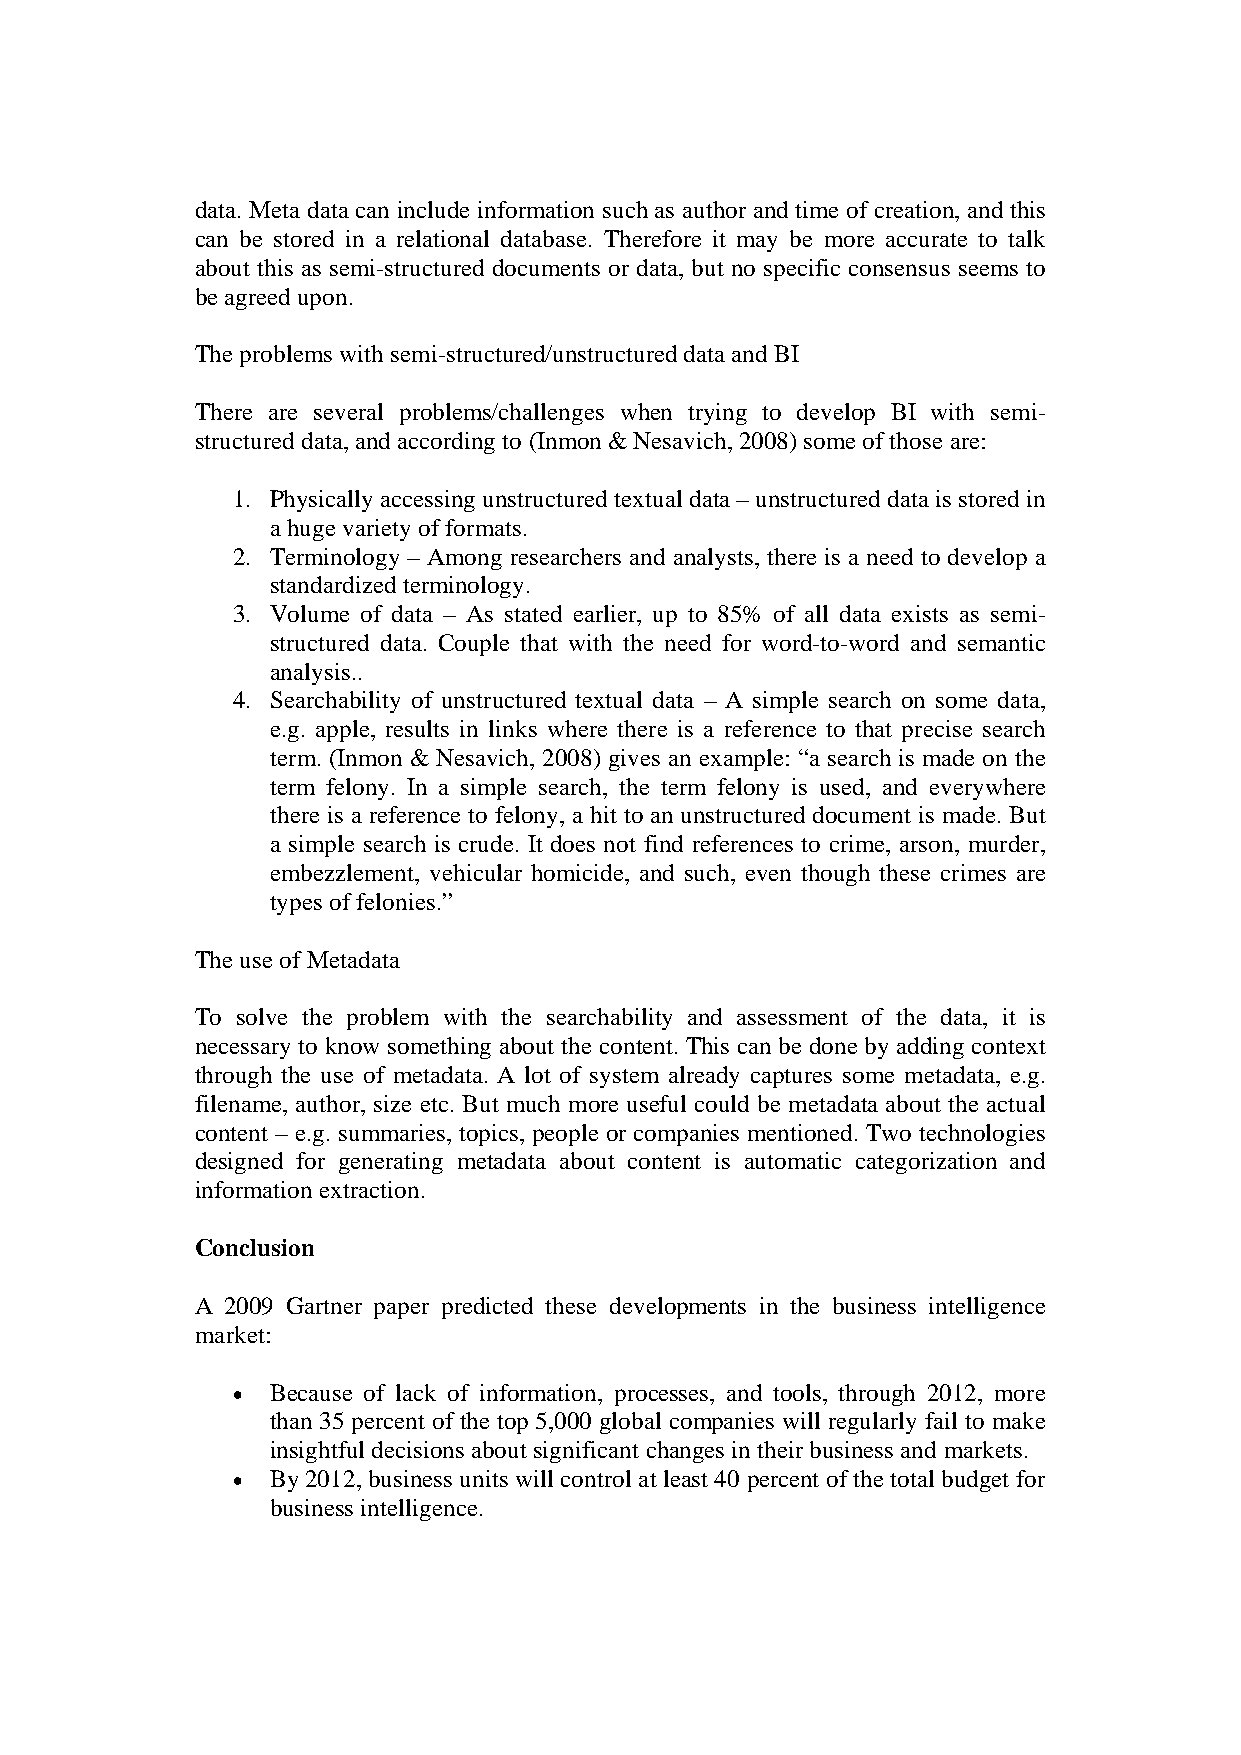
data. Meta data can include information such as author and time of creation, and this
 can be stored in a relational database. Therefore it may be more accurate to talk
 about this as semi-structured documents or data, but no specific consensus seems to
 be agreed upon.
 The problems with semi-structured/unstructured data and BI
 There are several problems/challenges when trying to develop BI with semi-
 structured data, and according to (Inmon & Nesavich, 2008) some of those are:
 1. Physically accessing unstructured textual data – unstructured data is stored in
 a huge variety of formats.
 2. Terminology – Among researchers and analysts, there is a need to develop a
 standardized terminology.
 3. Volume of data – As stated earlier, up to 85% of all data exists as semi-
 structured data. Couple that with the need for word-to-word and semantic
 analysis..
 4. Searchability of unstructured textual data – A simple search on some data,
 e.g. apple, results in links where there is a reference to that precise search
 term. (Inmon & Nesavich, 2008) gives an example: “a search is made on the
 term felony. In a simple search, the term felony is used, and everywhere
 there is a reference to felony, a hit to an unstructured document is made. But
 a simple search is crude. It does not find references to crime, arson, murder,
 embezzlement, vehicular homicide, and such, even though these crimes are
 types of felonies.”
 The use of Metadata
 To solve the problem with the searchability and assessment of the data, it is
 necessary to know something about the content. This can be done by adding context
 through the use of metadata. A lot of system already captures some metadata, e.g.
 filename, author, size etc. But much more useful could be metadata about the actual
 content – e.g. summaries, topics, people or companies mentioned. Two technologies
 designed for generating metadata about content is automatic categorization and
 information extraction.
 Conclusion
 A 2009 Gartner paper predicted these developments in the business intelligence
 market:
 •  Because of lack of information, processes, and tools, through 2012, more
 than 35 percent of the top 5,000 global companies will regularly fail to make
 insightful decisions about significant changes in their business and markets.
 •  By 2012, business units will control at least 40 percent of the total budget for
 business intelligence.